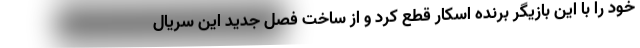
خود را با این بازیگر برنده اسکار قطع کرد و از ساخت فصل جدید این سریال